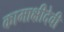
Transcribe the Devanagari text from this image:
कामाक्षीदेवी